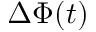
\Delta \Phi ( t )